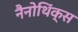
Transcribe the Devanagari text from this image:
नैनोथिंक्स